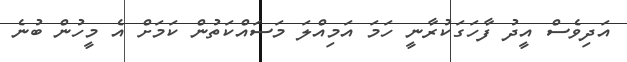
އަދިވެސް އީދު ފާހަގަކުރާނީ ހަމަ އަމިއްލަ މަސައްކަތުން ކަމަށް އެ މީހުން ބުނެ